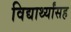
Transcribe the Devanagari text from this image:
विद्यार्थ्यांसह